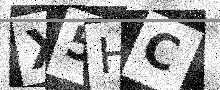
Text: X5HC